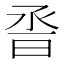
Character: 𰖆